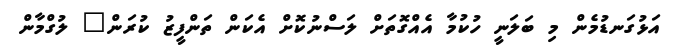
އަޅުގަނޑުމެން މި ބަލަނީ ހުކުމާ އެއްގޮތަށް ލަސްނުކޮށް އެކަން ތަންފީޒު ކުރަން" ލުގްމާން